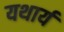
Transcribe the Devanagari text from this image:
यथार्य